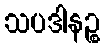
သပဒါနဉ္စ